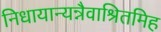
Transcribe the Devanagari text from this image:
निधायान्यन्नैवाश्रितमिह